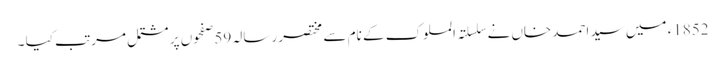
1852ء میں سید احمد خاں نے سلسلتہ الملوک کے نام سے مختصر رسالہ 59 صفحوں پر مشتمل مرتب کیا ۔